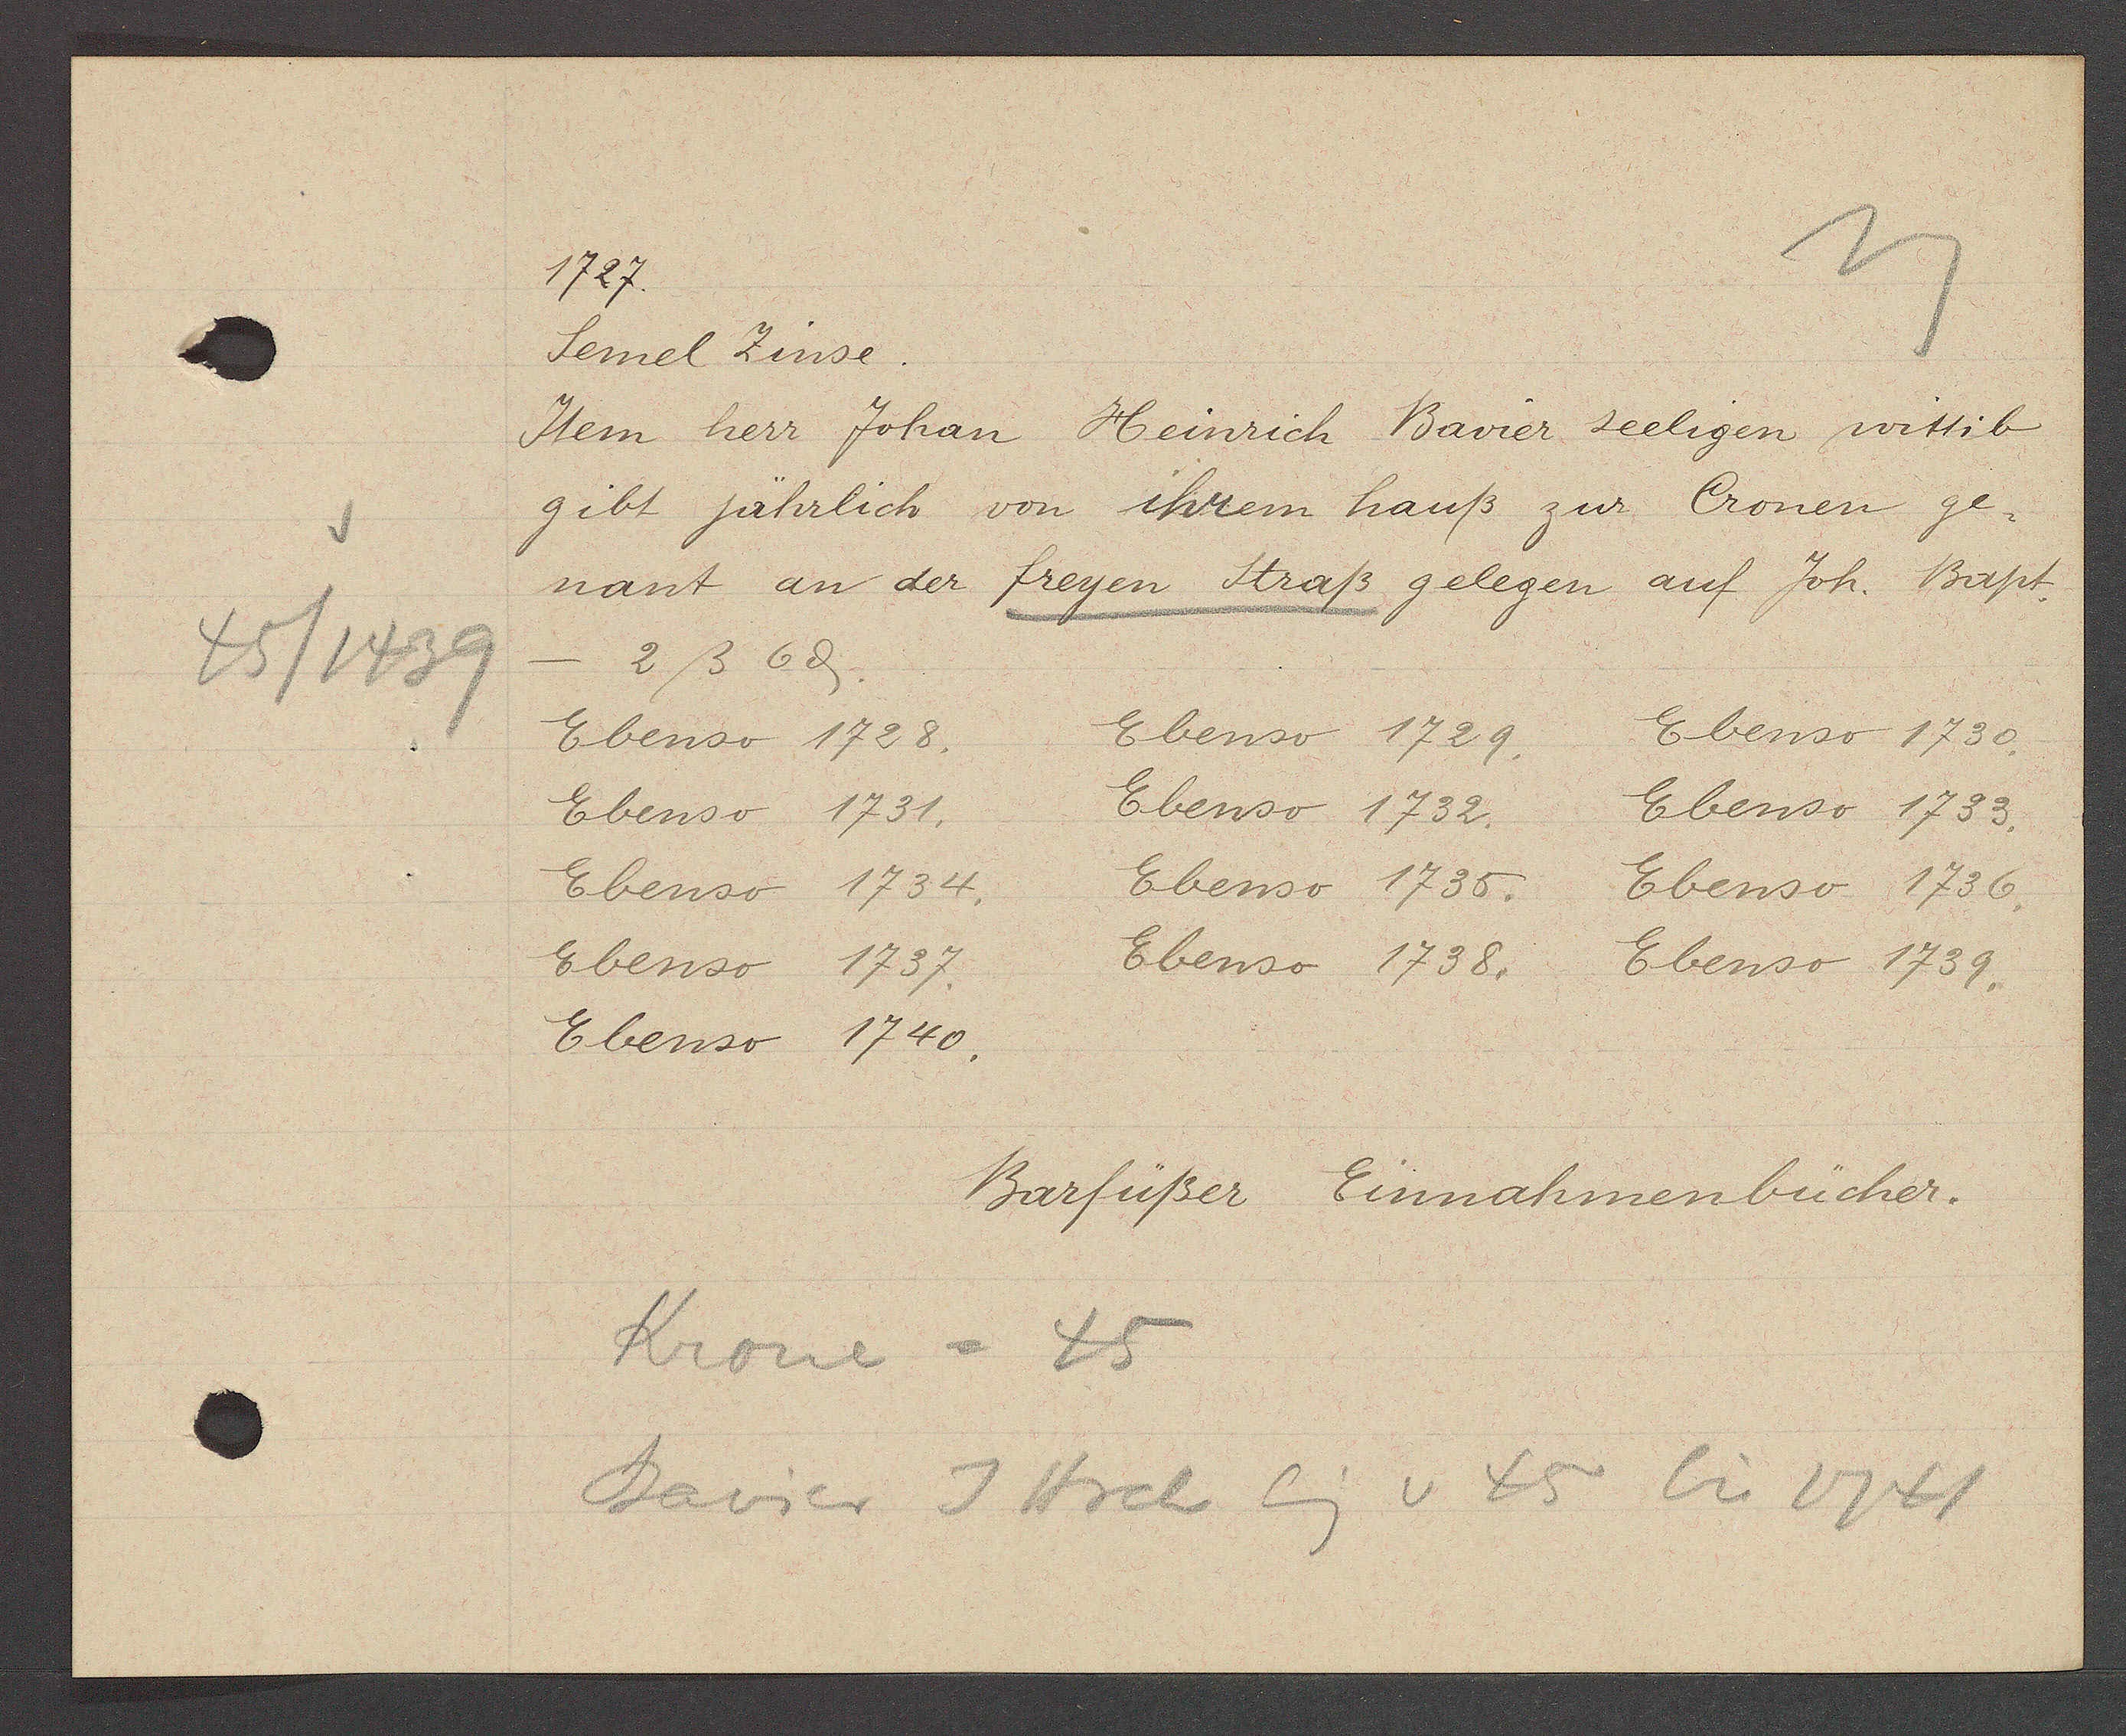
Transcript:
45/1439

1727.

Semel Zinse.
Item herr Johan Heinrich Bavier seeligen wittib
gibt jährlich von ihrem hauß zur Cronen ge¬
nant an der freyen Straß gelegen auf Joh. Bapt.
2ß 6ȡ.
Ebenso 1728.
Ebenso 1729.
Ebenso 1730.
Ebenso 1731.
Ebenso 1732.
Ebenso 1733.
Ebenso 1734.
Ebenso 1735.
Ebenso 1736.
Ebenso 1737.
Ebenso 1738.
Ebenso 1739.
Ebenso 1740.

Barfüßer Einnahmenbücher.

Krone = 45
Bavier J Hrch Eig v 45 bis 1741